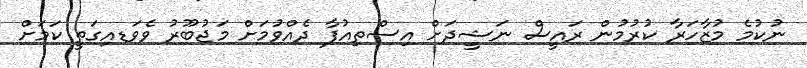
ނުކުމެ މުޒާހަރާ ކުރުމުން ރައީސް ނަޝީދަށް އިސްތިއުފާ ދެއްވުމަށް މަޖުބޫރު ވެވަޑއިގަތީ ކަމަށް